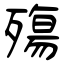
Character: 殤